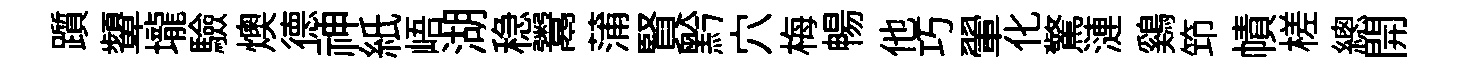
躓顰壠驗燠德神紙峿湖稳鬻蒲賢黔穴梅暢他巧翬化驚漣鷄笻幘槎總開